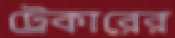
ট্রেকারের